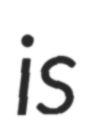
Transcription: is